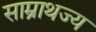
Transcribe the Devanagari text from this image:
साम्राथज्य